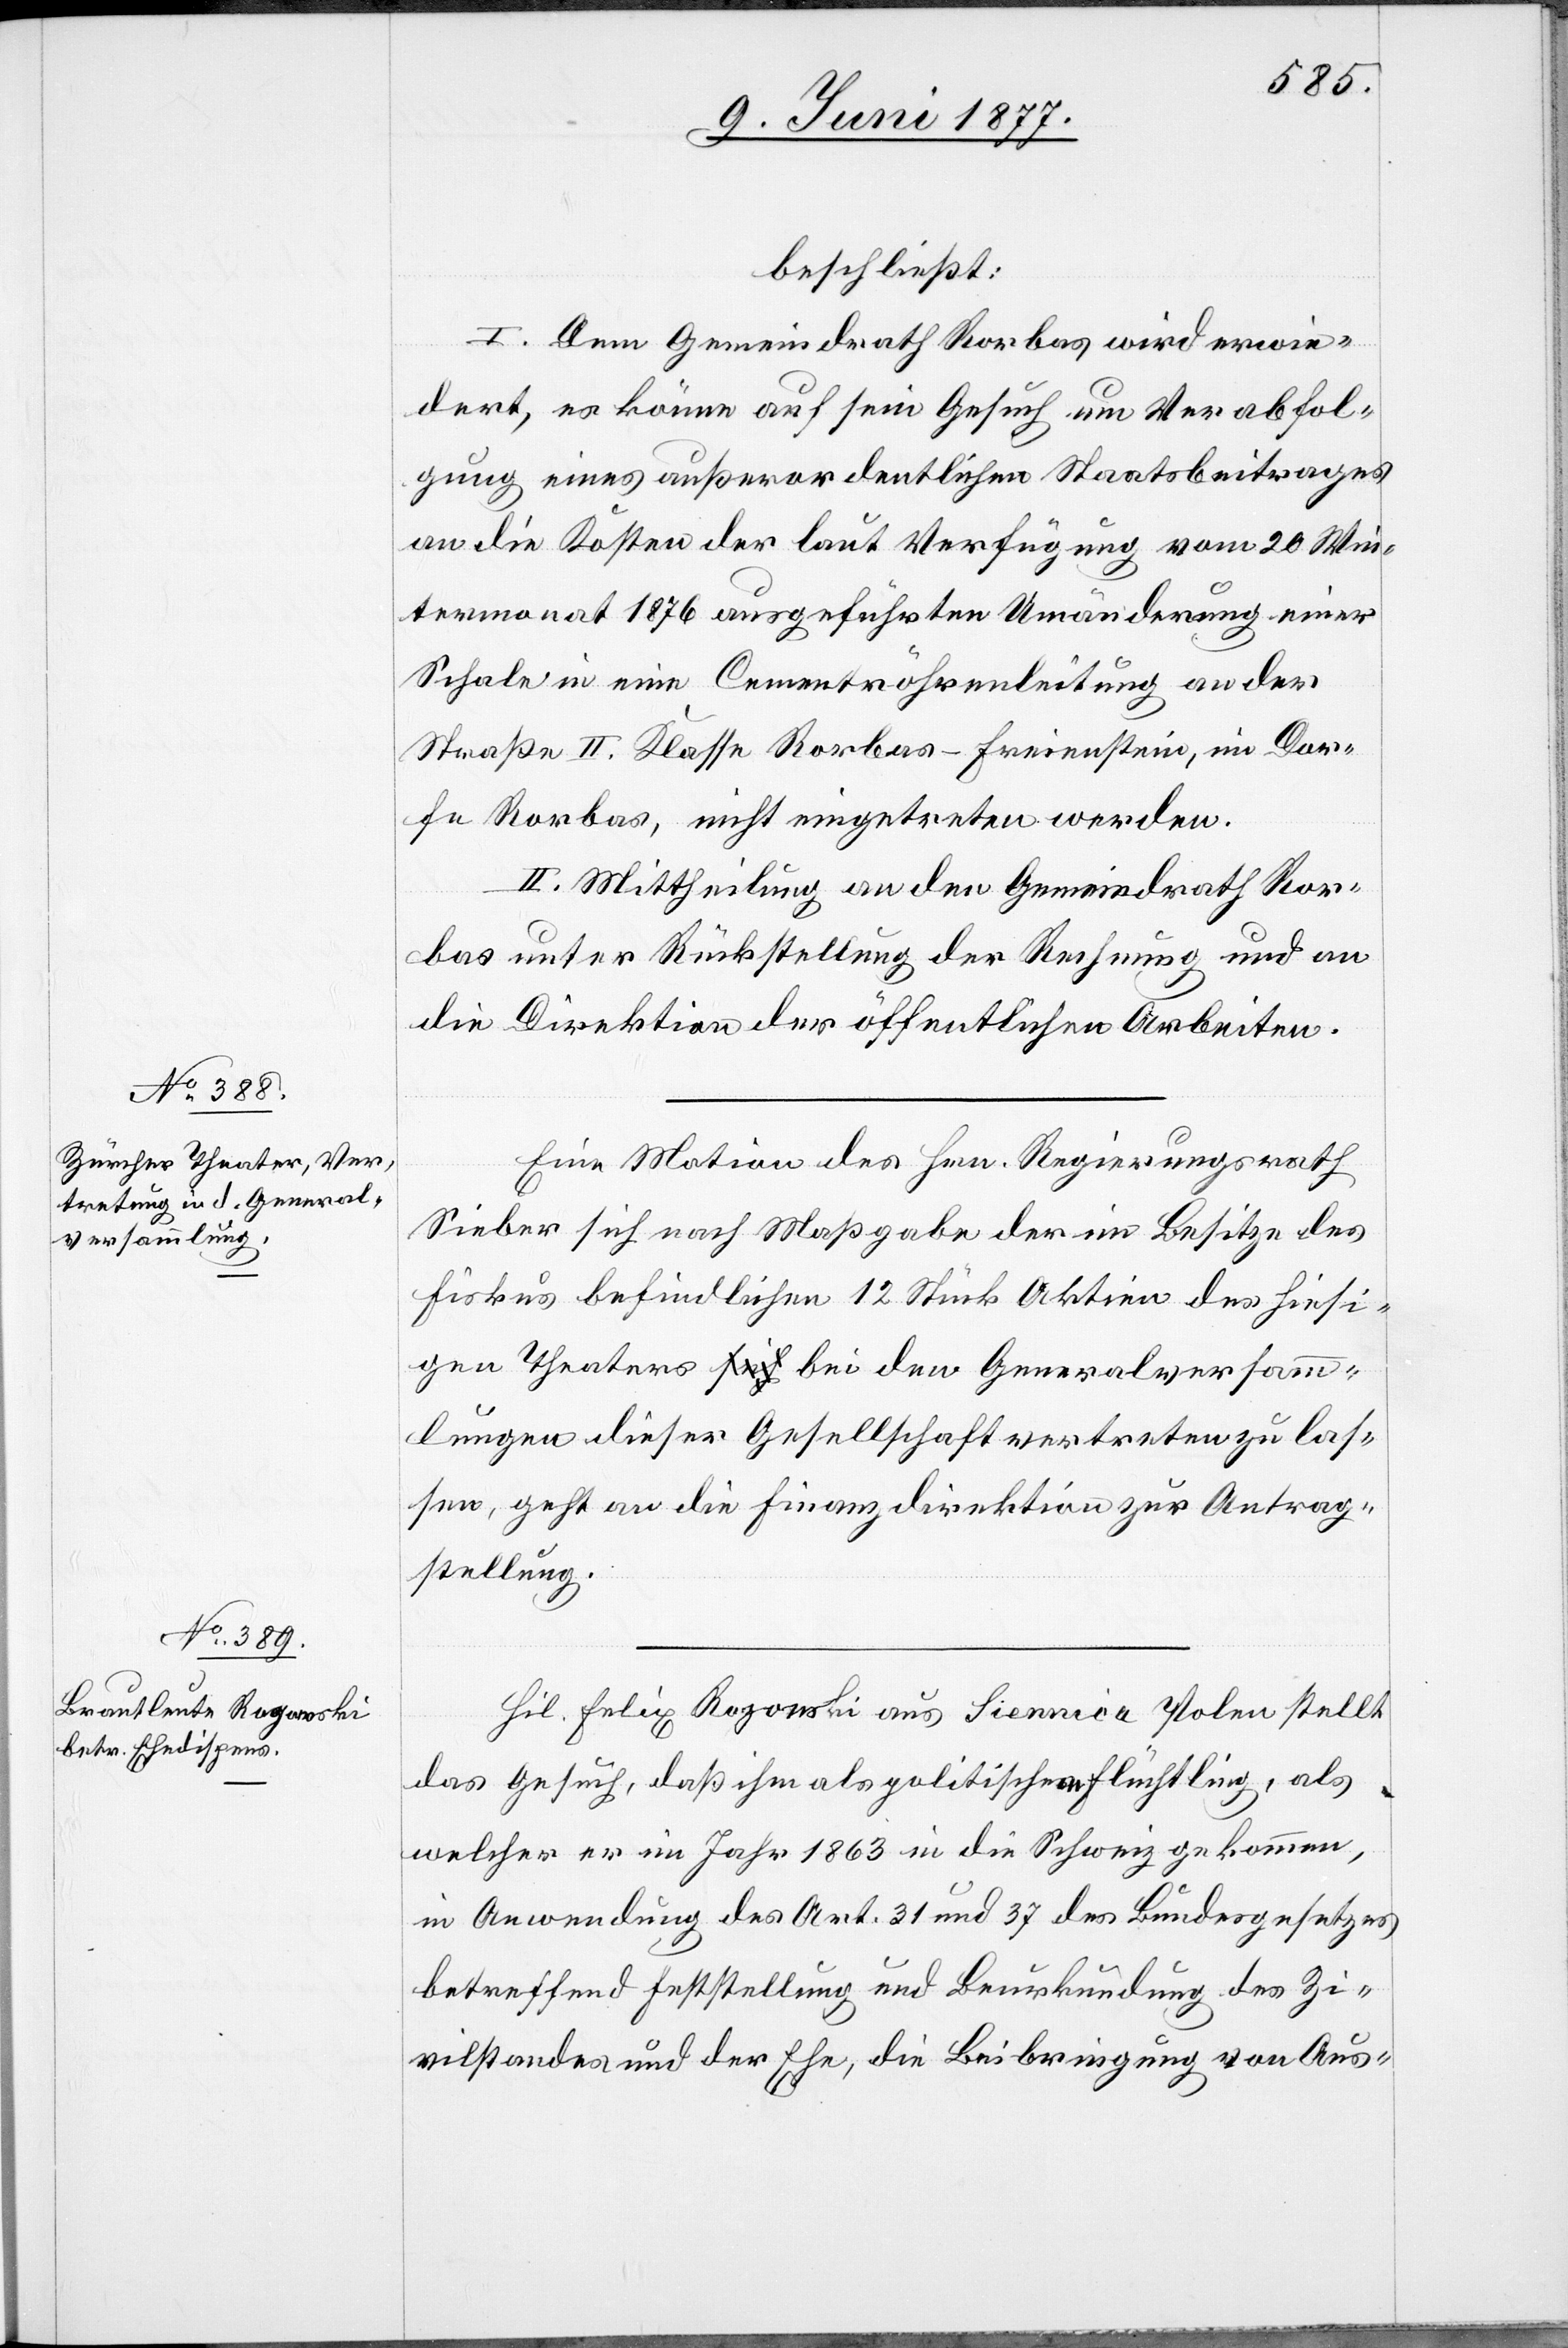
beschließt:
I. Dem Gemeindrath Rorbas wird erwie¬
dert, es könne auf sein Gesuch um Verabfol¬
gung eines außerordentlichen Staatsbeitrages
an die Kosten der laut Verfügung vom 20. Win¬
termonat 1876 ausgeführten Umänderung einer
Schale in eine Cementröhrenleitung an der
Straße II. Klasse Rorbas–Freienstein, im Dor¬
fe Rorbas, nicht eingetreten werden.
II. Mittheilung an den Gemeindrath Ror¬
bas unter Rückstellung der Rechnung und an
die Direktion der öffentlichen Arbeiten.
Eine Motion des Hrn. Regierungsrath
Sieber sich nach Maßgabe der im Besitze des
Fiskus befindlichen 12 Stück Aktien des hiesi¬
gen Theaters bei den Generalversamm¬
lungen dieser Gesellschaft vertreten zu las¬
sen, geht an die Finanzdirektion zur Antrag¬
stellung.
Hil. Felix Rozonski aus Siennica Polen stellt
das Gesuch, daß ihm als politischer Flüchtling, als
welcher er im Jahr 1863 in die Schweiz gekommen,
in Anwendung des Art. 31 und 37 des Bundesgesetzes
betreffend Feststellung und Beurkundung des Zi¬
vilstandes und der Ehe, die Beibringung von Aus-